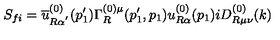
S _ { f i } = \overline { { u } } _ { R \alpha ^ { ^ { \prime } } } ^ { ( 0 ) } ( p _ { 1 } ^ { \prime } ) \Gamma _ { R } ^ { ( 0 ) \mu } ( p _ { 1 } ^ { \prime } , p _ { 1 } ) u _ { R \alpha } ^ { ( 0 ) } ( p _ { 1 } ) i D _ { R \mu \nu } ^ { ( 0 ) } ( k )